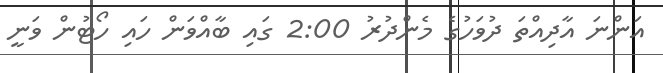
އަންނަ އާދިއްތަ ދުވަހުގެ މެންދުރު 2:00 ގައި ބާއްވަން ހައި ހޯޓުން ވަނީ